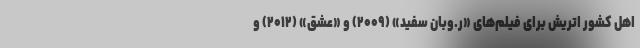
اهل کشور اتریش برای فیلم‌های «ر.وبان سفید» (۲۰۰۹) و «عشق» (۲۰۱۲) و